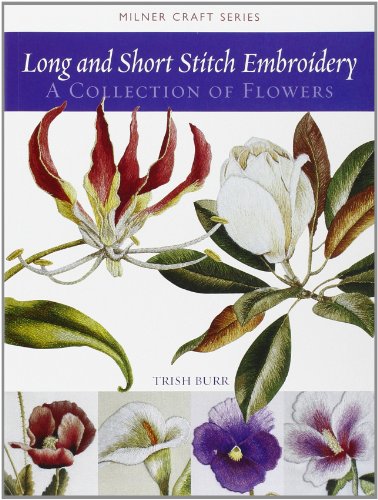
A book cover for Long and Short Stitch Embroidery: A Collection of Flowers (Milner Craft Series); Trish Burr; Crafts, Hobbies & Home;